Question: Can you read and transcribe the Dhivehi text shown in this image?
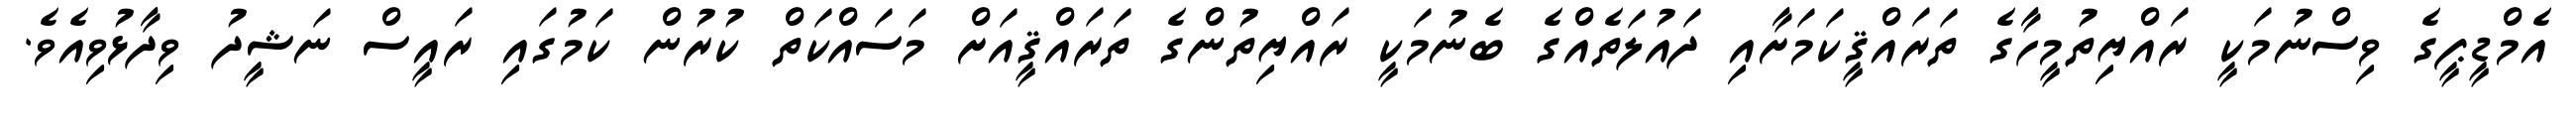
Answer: އެމްޑީޕީގެ ވިސްނުމަކީ ރައްޔިތުމީހާގެ ތަރައްޤީކަމަށާއި ދައުލަތެއްގެ ބެނުމަކީ ރައްޔިތުންގެ ތަރައްޤީއަށް މަސައްކަތް ކުރުން ކަމުގައި ރައީސް ނަޝީދު ވިދާޅުވިއެވެ.